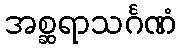
အစ္ဆရာသင်္ဂဏံ